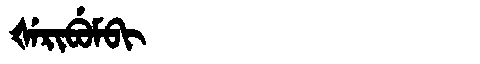
Manchu: ᡧᡝᡵᡳᠪᡠᠮᠪᡳ
Romanization: ŠERIBUMBI